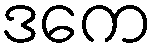
ဒကေ